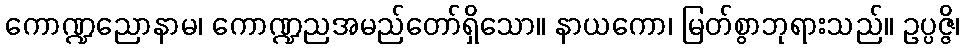
ကောဏ္ဍညောနာမ၊ ကောဏ္ဍညအမည်တော်ရှိသော။ နာယကော၊ မြတ်စွာဘုရားသည်။ ဥပ္ပဇ္ဇိ၊